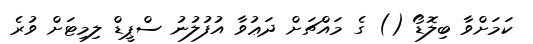
ކަމަށްވާ ބިލޮޑޯ () ގެ މައްޗަށް ދަޢުވާ އުފުލުނު ސްޕީޑް ލިމިޓަށް ވުރެ